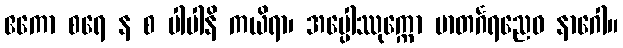
ဧကော စရေ န စ ပါပါနိ ကယိရာ၊ အပ္ပေါဿုက္ကော မာတင်္ဂရညေဝ နာဂေါ။